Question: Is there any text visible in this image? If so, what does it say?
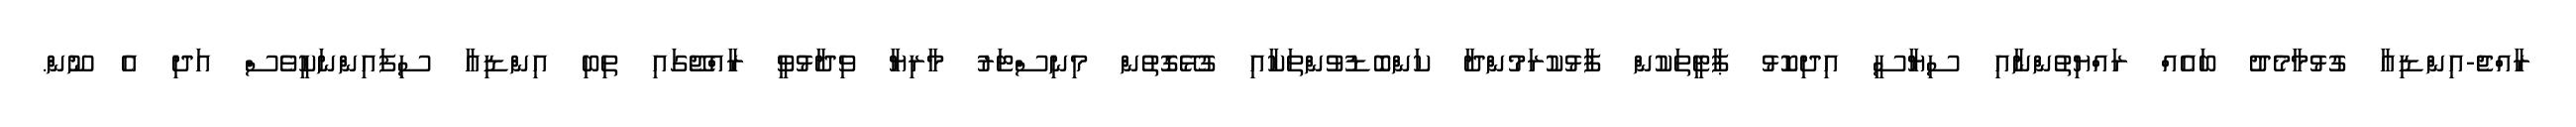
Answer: ރާއްޖެ-އިންޑިއާ ގުޅުމާމެދު ބައެއް ރައްޔިތުންނާއި ސިޔާސީ އިދިކޮޅު ޕާޓީތަކުން ފާޅުކުރަމުންދާ ކަންބޮޑުވުންތަކާއި ގުޅޭގޮތުން މިނިސްޓަރު މާރިޔާ ވިދާޅުވީ ރާއްޖޭގައި ތިބި އިންޑިއާ ސިފައިންނަކީވެސް އަދި އެ ނޫން.